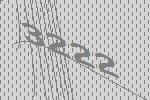
3222